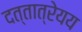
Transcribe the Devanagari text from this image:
दत्तात्रेयय